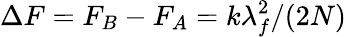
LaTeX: \Delta F=F_{B}-F_{A}=k\lambda_{f}^{2}/(2N)